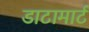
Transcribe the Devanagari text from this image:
डाटामार्ट